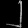
Digit: ၂